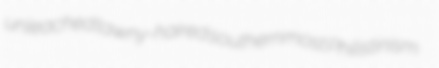
unleached tawny-haired southernmost Philistinism